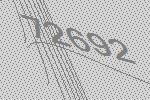
72692